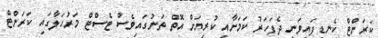
ކަރަންޓް ކެނޑިފައިވަނީ ދެފަހަރު ކަމަަށާއި ކުރިޔަށް އޮތް ތަނުގައިވެސް ޓެސްޓް މަރުހަލާގައި ކަރަންޓް